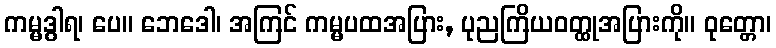
ကမ္မဒွါရ၊ ပေ။ ဘေဒေါ၊ အကြင် ကမ္မပထအပြား, ပုညကြိယဝတ္ထုအပြားကို။ ဝုတ္တော၊